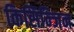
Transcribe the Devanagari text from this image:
किसिन्जिन